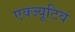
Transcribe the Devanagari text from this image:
एक्ज्यूटिव